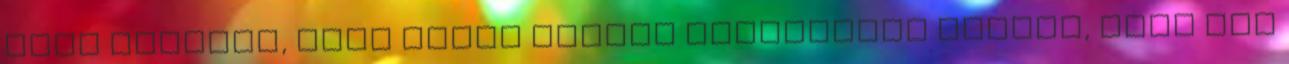
kell küldeni, mert olyan anyagi helyzetben vagyok, hogy nem